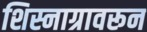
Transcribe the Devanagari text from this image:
शिस्नाग्रावरून